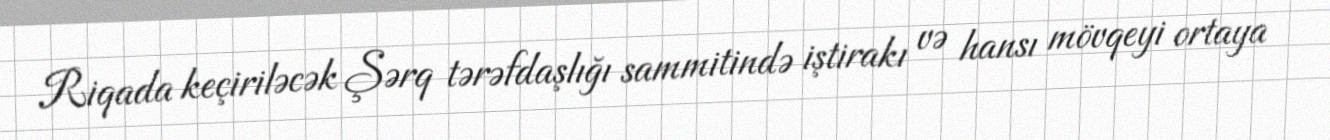
Riqada keçiriləcək Şərq tərəfdaşlığı sammitində iştirakı və hansı mövqeyi ortaya